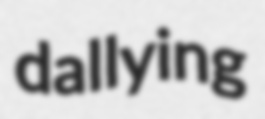
dallying